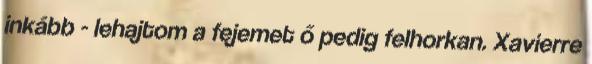
inkább - lehajtom a fejemet ő pedig felhorkan. Xavierre